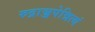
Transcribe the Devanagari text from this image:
रुद्राञ्जपेन्नित्यं